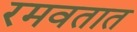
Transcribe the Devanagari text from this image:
रमवतात